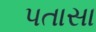
પતાસા